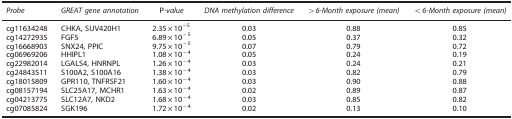
| Probe | GREAT gene annotation | P-value | DNA methylation difference | >6-Month exposure (mean) | <6-Month exposure (mean) |
 | --- | --- | --- | --- | --- | --- |
 | cg11634248 | CHKA, SUV420H1 | 2.35 × 10−5 | 0.03 | 0.88 | 0.85 |
 | cg14272935 | FGF5 | 6.89 × 10−5 | 0.05 | 0.37 | 0.32 |
 | cg16668903 | SNX24, PPIC | 9.75 × 10−5 | 0.07 | 0.79 | 0.72 |
 | cg06969206 | HHIPL1 | 1.08 × 10−4 | 0.05 | 0.24 | 0.19 |
 | cg22982014 | LGALS4, HNRNPL | 1.26 × 10−4 | 0.03 | 0.24 | 0.21 |
 | cg24843511 | S100A2, S100A16 | 1.38 × 10−4 | 0.03 | 0.82 | 0.79 |
 | cg18015809 | GPR110, TNFRSF21 | 1.60 × 10−4 | 0.03 | 0.90 | 0.88 |
 | cg08157194 | SLC25A17, MCHR1 | 1.63 × 10−4 | 0.02 | 0.89 | 0.87 |
 | cg04213775 | SLC12A7, NKD2 | 1.68 × 10−4 | 0.03 | 0.85 | 0.82 |
 | cg07085824 | SGK196 | 1.72 × 10−4 | 0.02 | 0.13 | 0.10 |